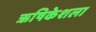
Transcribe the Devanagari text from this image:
ऋषिकेशला